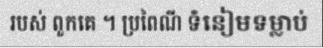
របស់ ពួកគេ ។ ប្រពៃណី ទំនៀមទម្លាប់